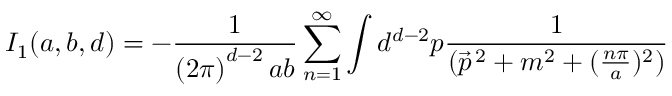
I _ { 1 } ( a , b , d ) = - \frac { 1 } { \left( 2 \pi \right) ^ { d - 2 } a b } \sum _ { n = 1 } ^ { \infty } \int d ^ { d - 2 } p \frac { 1 } { ( \vec { p } ^ { \, 2 } + m ^ { 2 } + ( \frac { n \pi } { a } ) ^ { 2 } ) }